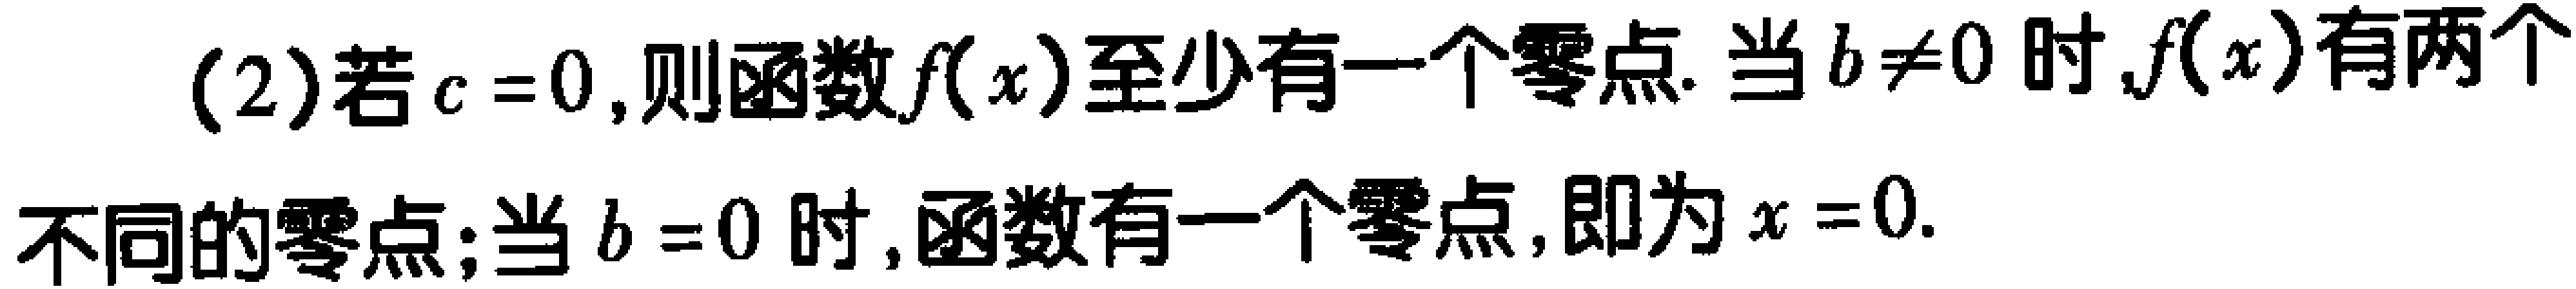
(2)若\(c = 0\)，则函数\(f(x)\)至少有一个零点. 当\(b\neq0\)时,\(f(x)\)有两个不同的零点;当\(b = 0\)时,函数有一个零点,即为\(x = 0\).